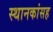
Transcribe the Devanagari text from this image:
स्थानकांसह